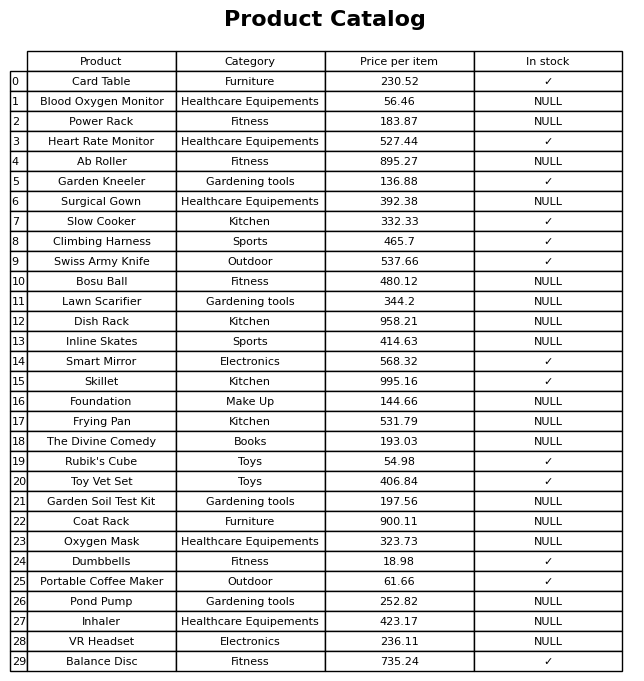
question: What is the price for Lawn Scarifier?
answer: The price of Lawn Scarifier is 344.2.